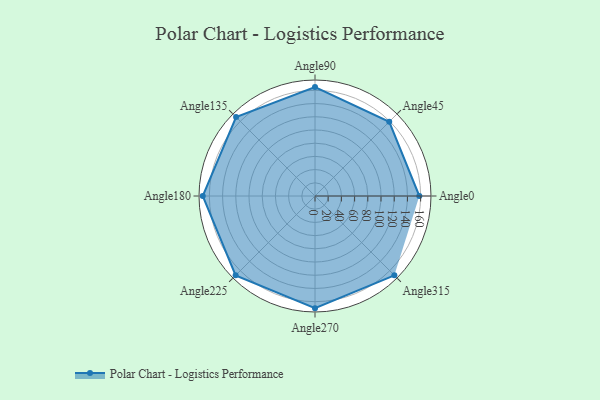
{"axis": {"x": "Angle", "y": "Radius"}, "legend": [""], "data": [{"x": "Angle0", "y": 158.0, "type": ""}, {"x": "Angle45", "y": 159.0, "type": ""}, {"x": "Angle90", "y": 165.0, "type": ""}, {"x": "Angle135", "y": 169.0, "type": ""}, {"x": "Angle180", "y": 170, "type": ""}, {"x": "Angle225", "y": 170, "type": ""}, {"x": "Angle270", "y": 170, "type": ""}, {"x": "Angle315", "y": 170, "type": ""}]}